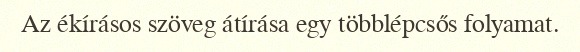
Az ékírásos szöveg átírása egy többlépcsős folyamat.